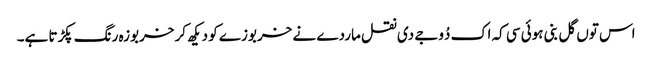
اس توں گل بنی ہوئی سی کہ اک دُوجے دی نقل ماردے نے خربوزے کو دیکھ کر خربوزہ رنگ پکڑتا ہے۔